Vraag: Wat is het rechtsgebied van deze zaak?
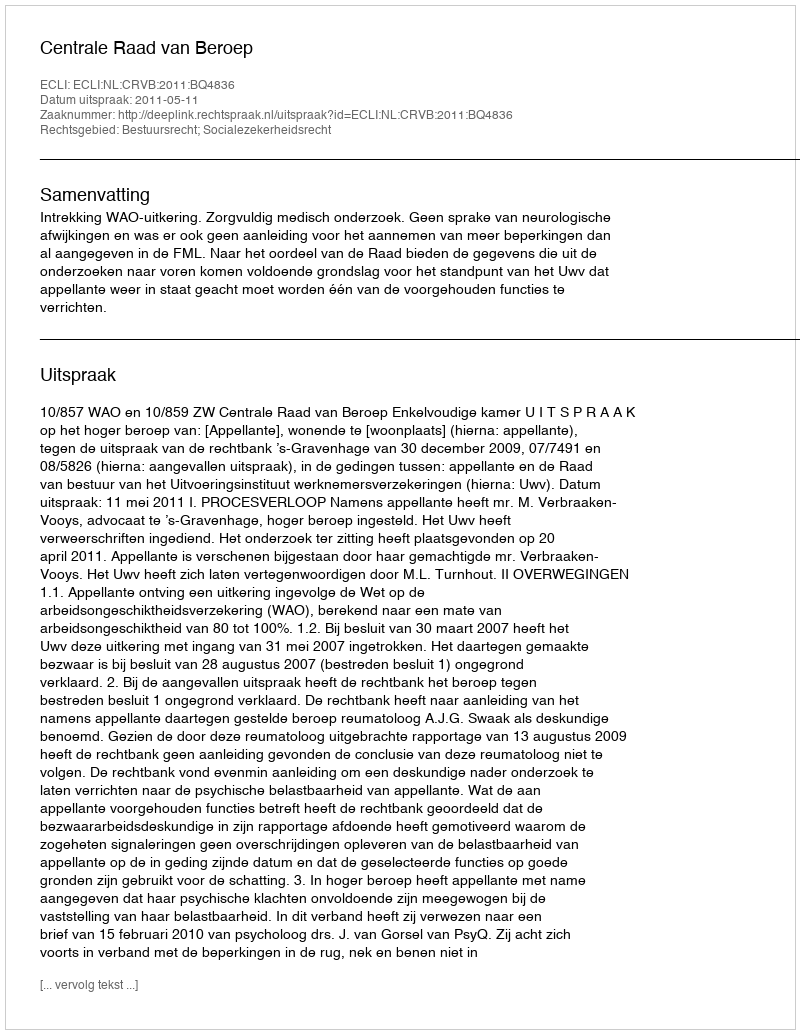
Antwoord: Bestuursrecht; Socialezekerheidsrecht